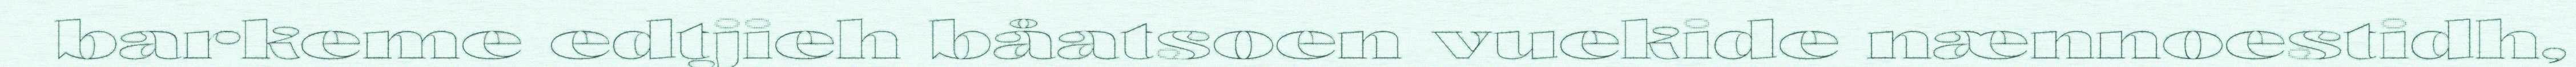
barkeme edtjieh båatsoen vuekide nænnoestidh,